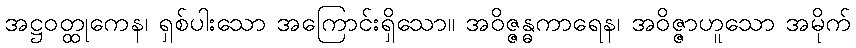
အဋ္ဌဝတ္ထုကေန၊ ရှစ်ပါးသော အကြောင်းရှိသော။ အဝိဇ္ဇန္ဓကာရေန၊ အဝိဇ္ဇာဟူသော အမိုက်